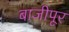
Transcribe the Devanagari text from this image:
बाजीपूर